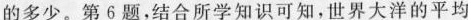
的多少。第6题，结合所学知识可知，世界大洋的平均